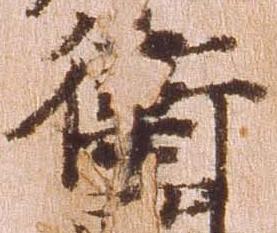
衛